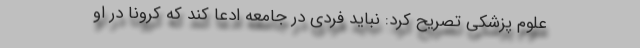
علوم پزشکی تصریح کرد: نباید فردی در جامعه ادعا کند که کرونا در او